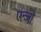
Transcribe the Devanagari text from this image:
एन्जो